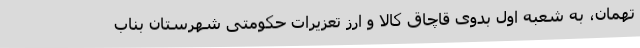
تهمان، به شعبه اول بدوی قاچاق کالا و ارز تعزیرات حکومتی شهرستان بناب